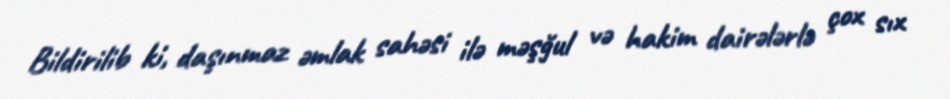
Bildirilib ki, daşınmaz əmlak sahəsi ilə məşğul və hakim dairələrlə çox sıx